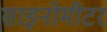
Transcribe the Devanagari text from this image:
साइनोमीटर